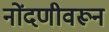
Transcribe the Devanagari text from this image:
नोंदणीवरून